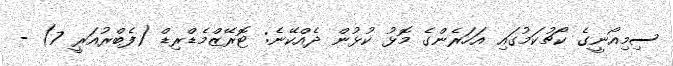
ސިމިއޯނީގެ ކޯޗުކަމުގައި އަހަރެންގެ މޮޅު ކުޅުން ދެއްކޭނެ: ޓޮރޭޒްމެޑްރިޑް (ފެބްރުއަރީ 7) -